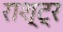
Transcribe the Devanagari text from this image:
राश्ट्र